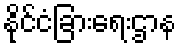
နိုင်ငံခြားရေးဌာန